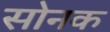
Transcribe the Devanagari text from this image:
सोनक